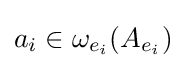
a_{i}\in \omega _{e_{i}}(A_{e_{i}})